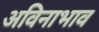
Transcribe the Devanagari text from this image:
अविनाभाव